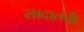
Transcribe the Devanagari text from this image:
सादातची